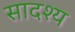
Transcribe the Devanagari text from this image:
सादश्य